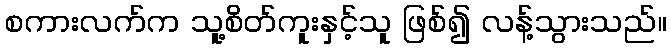
စကားလက်က သူ့စိတ်ကူးနှင့်သူ ဖြစ်၍ လန့်သွားသည်။